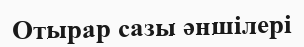
Отырар сазы әншілері